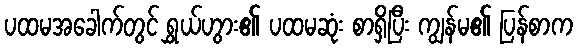
ပထမအခေါက်တွင် ရွှယ်ဟွား၏ ပထမဆုံး စာရှိပြီး ကျွန်မ၏ ပြန်စာက